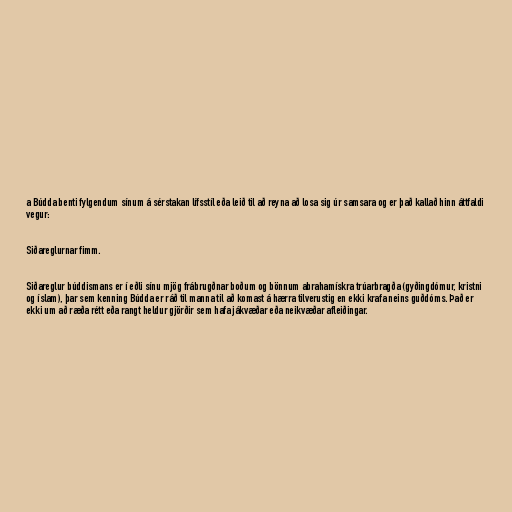
a Búdda benti fylgendum sínum á sérstakan lífsstíl eða leið til að reyna að losa sig úr samsara og er það kallað hinn áttfaldi
vegur:

Siðareglurnar fimm.

Siðareglur búddismans er í eðli sínu mjög frábrugðnar boðum og bönnum abrahamískra trúarbragða (gyðingdómur, kristni
og íslam), þar sem kenning Búdda er ráð til manna til að komast á hærra tilverustig en ekki krafa neins guðdóms. Það er
ekki um að ræða rétt eða rangt heldur gjörðir sem hafa jákvæðar eða neikvæðar afleiðingar.